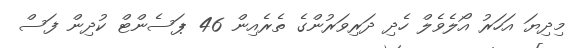
މިދިޔަ އަހަރު އޯލެވެލް ހެދި ދަރިވަރުންގެ ތެރެއިން 46 ޕަސެންޓް ކުދިން ފަސް